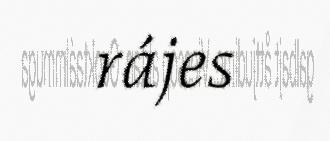
rájes